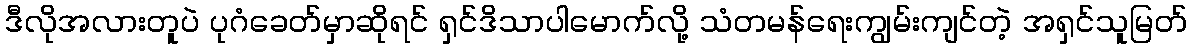
ဒီလိုအလားတူပဲ ပုဂံခေတ်မှာဆိုရင် ရှင်ဒိသာပါမောက်လို့ သံတမန်ရေးကျွမ်းကျင်တဲ့ အရှင်သူမြတ်